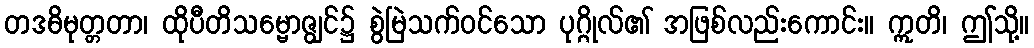
တဒဓိမုတ္တတာ၊ ထိုပီတိသမ္ဗောဇျွင်၌ စွဲမြဲသက်ဝင်သော ပုဂ္ဂိုလ်၏ အဖြစ်လည်းကောင်း။ ဣတိ၊ ဤသို့။